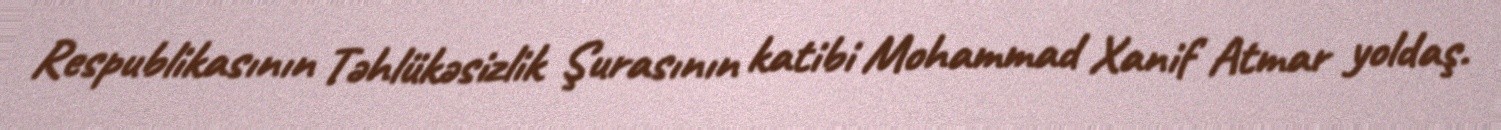
Respublikasının Təhlükəsizlik Şurasının katibi Mohammad Xanif Atmar yoldaş.